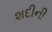
શદીની